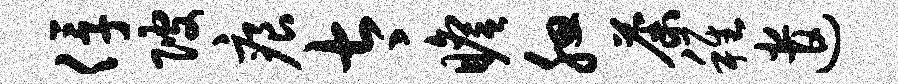
俘陂痕太瞻腮荼稚遣